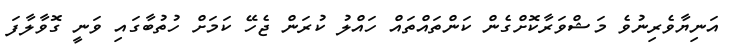
އަނިޔާވެރިނުވެ މަޝްވަރާކޮށްގެން ކަންތައްތައް ހައްލު ކުރަން ޖެހޭ ކަމަށް ހުތުބާގައި ވަނީ ގޮވާލާފަ